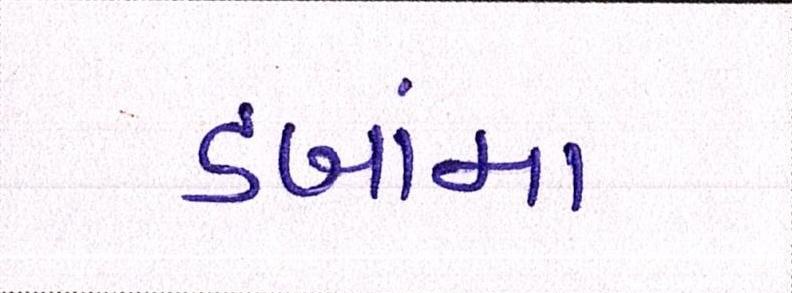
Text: ડબામાં